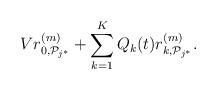
LaTeX: \begin{align*}V r_{0,\mathcal{P}_{j^*}}^{(m)} + \sum_{k=1}^K Q_k(t) r_{k,\mathcal{P}_{j^*}}^{(m)}. \end{align*}